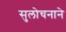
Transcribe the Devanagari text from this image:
सुलोचनाने